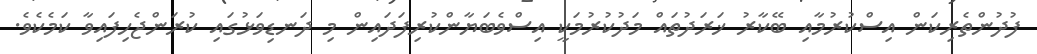
ފުދުންތެރިކަން އިސްކުރުމާއި ބޭކާރު ޚަރަދުތައް މަދުކުރުމަކީ އިސްވެބަޔާންކުރިފަދައިން މި ދަނޑިވަޅުގައި ކުރަންޖެހިފައިވާ ކަމެކެވެ.